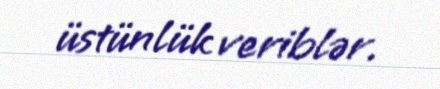
üstünlük veriblər.